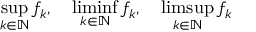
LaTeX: \operatorname* { s u p } _ { k \in \mathbb { N } } f _ { k } , \quad \operatorname* { l i m i n f } _ { k \in \mathbb { N } } f _ { k } , \quad \operatorname* { l i m s u p } _ { k \in \mathbb { N } } f _ { k }